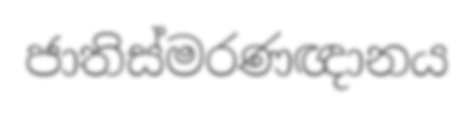
ජාතිස්මරණඥානය